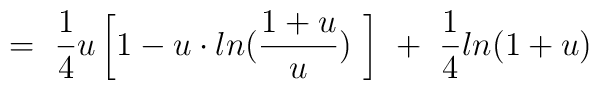
= \ \frac{1}{4} u \left[ 1 - u \cdot ln( \frac{1+u}{u}) \ \right]\ + \ \frac{1}{4} ln ( 1 + u)